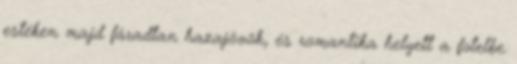
estéken majd fáradtan hazajövök, és romantika helyett a fotelbe